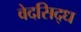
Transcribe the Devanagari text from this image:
वेदसिद्ध